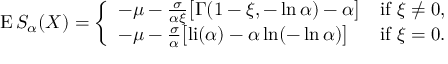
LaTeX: \operatorname { E } S _ { \alpha } ( X ) = { \left\{ \begin{array} { l l } { - \mu - { \frac { \sigma } { \alpha \xi } } { \big [ } \Gamma ( 1 - \xi , - \ln \alpha ) - \alpha { \big ] } } & { { \mathrm { i f ~ } } \xi \neq 0 , } \\ { - \mu - { \frac { \sigma } { \alpha } } { \big [ } { \mathrm { l i } } ( \alpha ) - \alpha \ln ( - \ln \alpha ) { \big ] } } & { { \mathrm { i f ~ } } \xi = 0 . } \end{array} \right. }